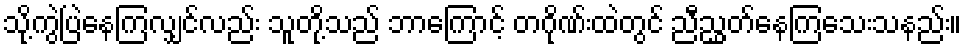
သို့ကွဲပြဲနေကြလျှင်လည်း သူတို့သည် ဘာကြောင့် တဂိုဏ်းထဲတွင် ညီညွှတ်နေကြသေးသနည်း။